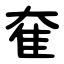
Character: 奞